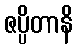
ဇပ္ပိတာနိ